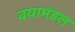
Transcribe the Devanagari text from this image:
वयामंडल